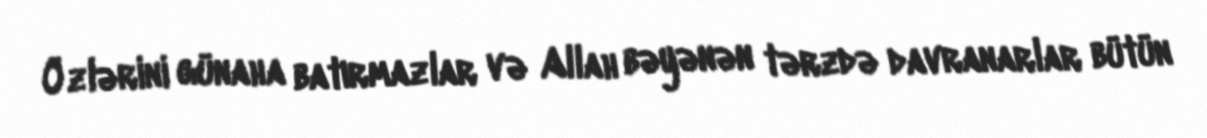
Özlərini günaha batırmazlar və Allah bəyənən tərzdə davranarlar bütün